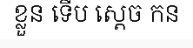
ខ្លួន ទើប ស្តេច កន